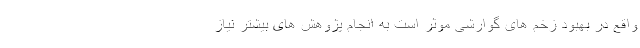
واقع در بهبود زخم های گوارشی موثر است به انجام پژوهش های بیشتر نیاز